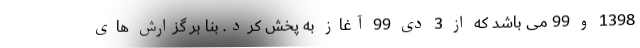
1398 و 99 می باشد که از 3 دی 99 آغاز به پخش کرد. بنا بر گزارش های